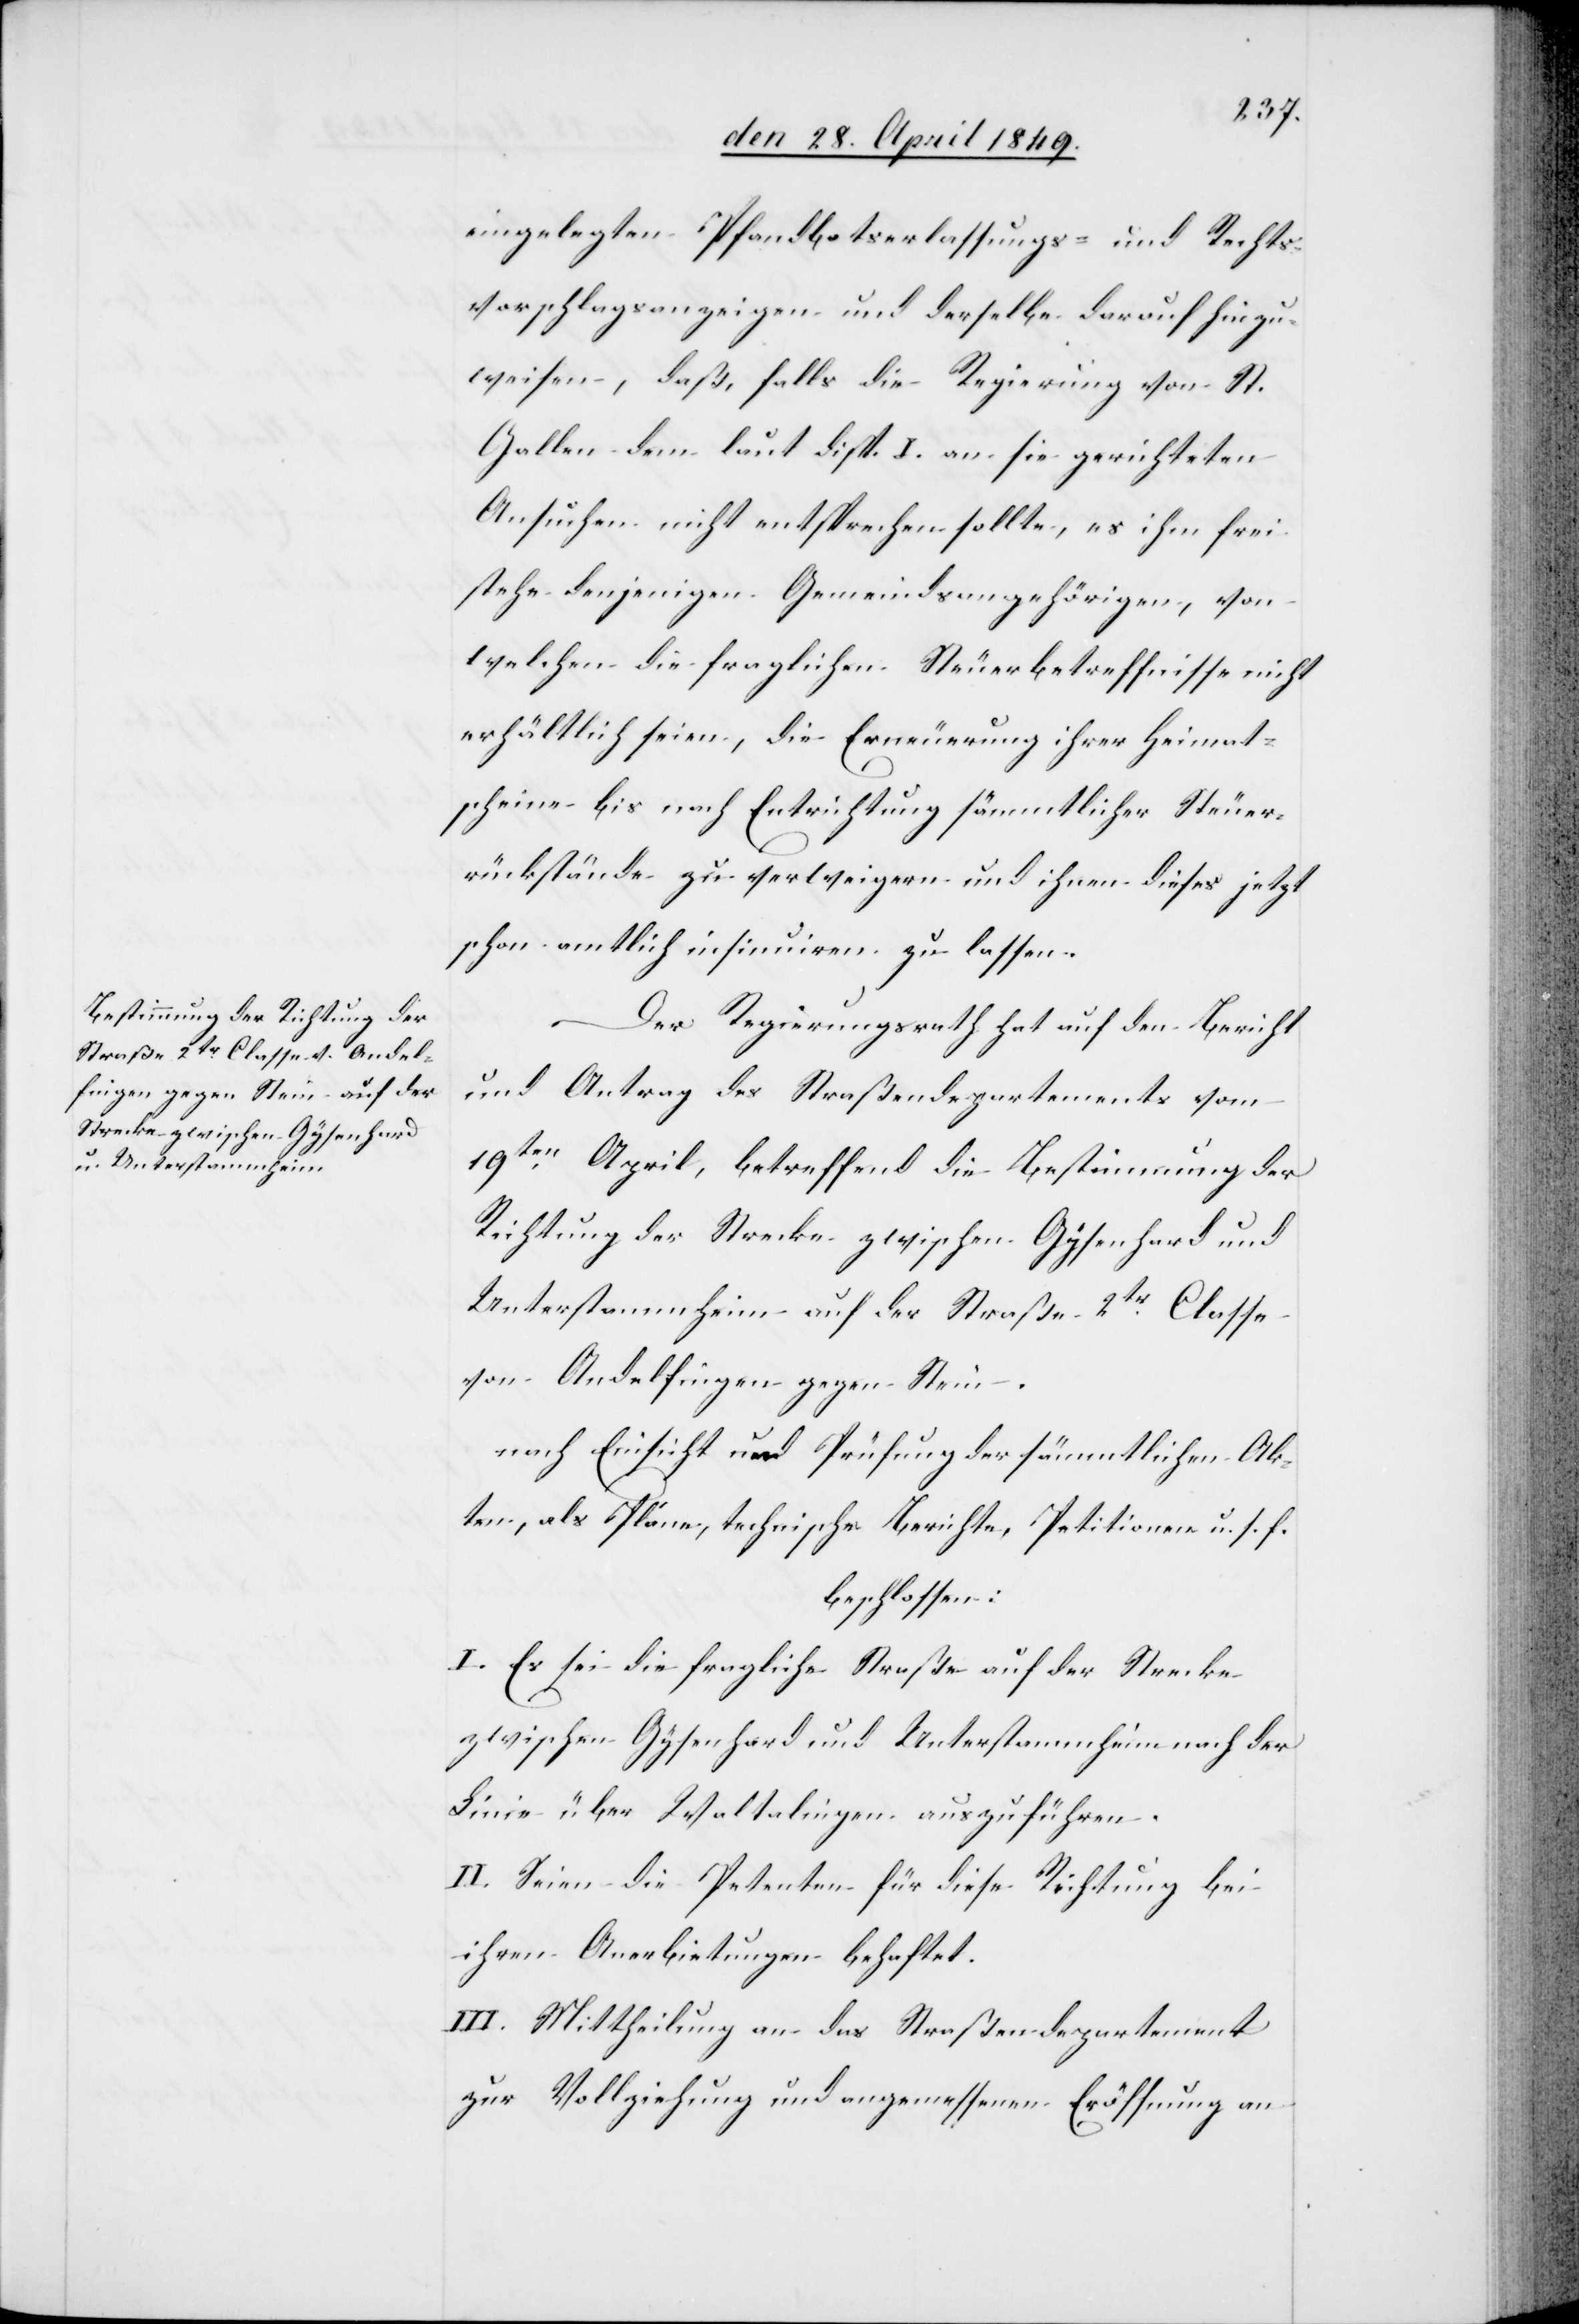
eingelegten Pfandbotserlassungs- und rechts¬
vorschlagsanzeigen und derselbe darauf hinzu¬
weisen, daß, falls die Regierung von St.
Gallen dem laut disp. I. an sie gerichteten
Ansuchen nicht entsprechen sollte, es ihm frei
stehe denjenigen Gemeindsangehörigen, von
welchen die fraglichen Steuerbetreffnisse nicht
erhältlich seien, die Erneuerung ihrer Heimat¬
scheine bis nach Entrichtung sämmtlicher Steuer¬
rückstände zu verweigern und ihnen dieses jetzt
schon amtlich insinuiren zu lassen.
Der Regierungsrath hat auf den Bericht
und Antrag des Straßendepartements vom
19ten April, betreffend die Bestimmung der
Richtung der Strecke zwischen Gysenhard und
Unterstammheim auf der Straße 2tr Classe
von Andelfingen gegen Stein.
nach Einsicht und Prüfung der sämmtlichen Ak¬
ten, als Pläne, technische Berichte, Petitionen u. s. f.
beschlossen:
I. Es sei die fragliche Straße auf der Strecke
zwischen Gysenhard und Unterstammheim nach der
Linie über Waltalingen auszuführen.
II. Seien die Petenten für diese Richtung bei
ihren Anerbietungen behaftet.
III. Mittheilung an das Straßendepartement
zur Vollziehung und angemessenen Eröffnung an